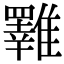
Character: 𩁇